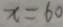
x = 6 0